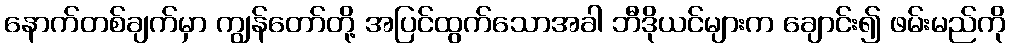
နောက်တစ်ချက်မှာ ကျွန်တော်တို့ အပြင်ထွက်သောအခါ ဘီဒိုယင်များက ချောင်း၍ ဖမ်းမည်ကို